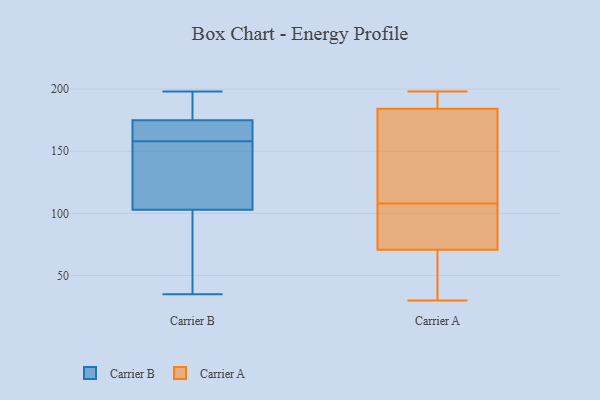
{"axis": {"x": "Customer Acquisition Cost (USD)", "y": "Value"}, "legend": ["Carrier A", "Carrier B"], "data": [{"x": "", "y": 175, "type": "Carrier B"}, {"x": "", "y": 158, "type": "Carrier B"}, {"x": "", "y": 158, "type": "Carrier B"}, {"x": "", "y": 181, "type": "Carrier B"}, {"x": "", "y": 103, "type": "Carrier B"}, {"x": "", "y": 122, "type": "Carrier B"}, {"x": "", "y": 35, "type": "Carrier B"}, {"x": "", "y": 198, "type": "Carrier B"}, {"x": "", "y": 87, "type": "Carrier B"}, {"x": "", "y": 171, "type": "Carrier B"}, {"x": "", "y": 101, "type": "Carrier A"}, {"x": "", "y": 198, "type": "Carrier A"}, {"x": "", "y": 43, "type": "Carrier A"}, {"x": "", "y": 90, "type": "Carrier A"}, {"x": "", "y": 82, "type": "Carrier A"}, {"x": "", "y": 188, "type": "Carrier A"}, {"x": "", "y": 173, "type": "Carrier A"}, {"x": "", "y": 193, "type": "Carrier A"}, {"x": "", "y": 50, "type": "Carrier A"}, {"x": "", "y": 198, "type": "Carrier A"}, {"x": "", "y": 30, "type": "Carrier A"}, {"x": "", "y": 111, "type": "Carrier A"}, {"x": "", "y": 67, "type": "Carrier A"}, {"x": "", "y": 130, "type": "Carrier A"}, {"x": "", "y": 108, "type": "Carrier A"}]}